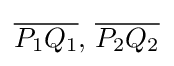
{\overline {P_{1}Q_{1}}},\,{\overline {P_{2}Q_{2}}}